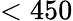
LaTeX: <450